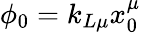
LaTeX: \phi_{0}=k_{L\mu}x_{0}^{\mu}